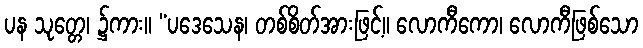
ပန သုတ္တေ၊ ၌ကား။ “ပဒေသေန၊ တစ်စိတ်အားဖြင့်။ လောကီကော၊ လောကီဖြစ်သော